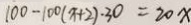
1 0 0 - 1 0 0 ( x + 2 ) \cdot 3 0 = 2 0 x